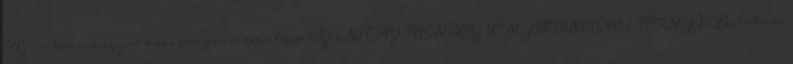
Az önkormányzat havi programajánlója SZÍNHÁZ RENDEZVÉNY KONCERT KÖNYV Balatoni